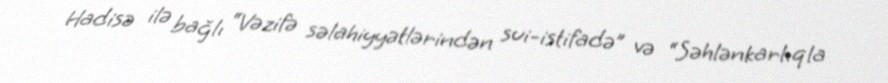
Hadisə ilə bağlı “Vəzifə səlahiyyətlərindən sui-istifadə” və “Səhlənkarlıqla